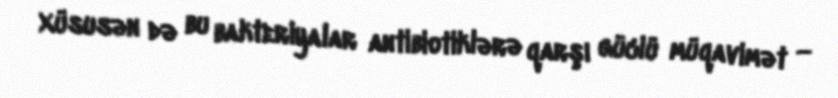
Xüsusən də bu bakteriyalar antibiotiklərə qarşı güclü müqavimət —